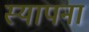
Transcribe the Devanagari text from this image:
स्यापना